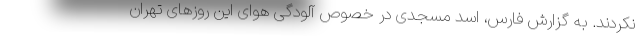
نکردند. به گزارش فارس، اسد مسجدی در خصوص آلودگی هوای این روزهای تهران